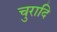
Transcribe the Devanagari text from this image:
चुरादि